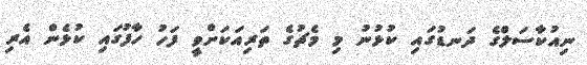
ނިއުކާސަލްގެ ދަނޑުގައި ކުޅުނު މި މެޗުގެ ތަރިއަކަށްވީ ފަހު ހާފުގައި ކުޅެން އެރި